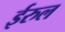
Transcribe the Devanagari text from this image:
ईरुल